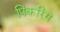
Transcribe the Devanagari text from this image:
पिंकरिंग